65_HS1-834228961_62-HQ-83894_Section_6
Agency: FBI
Page 239
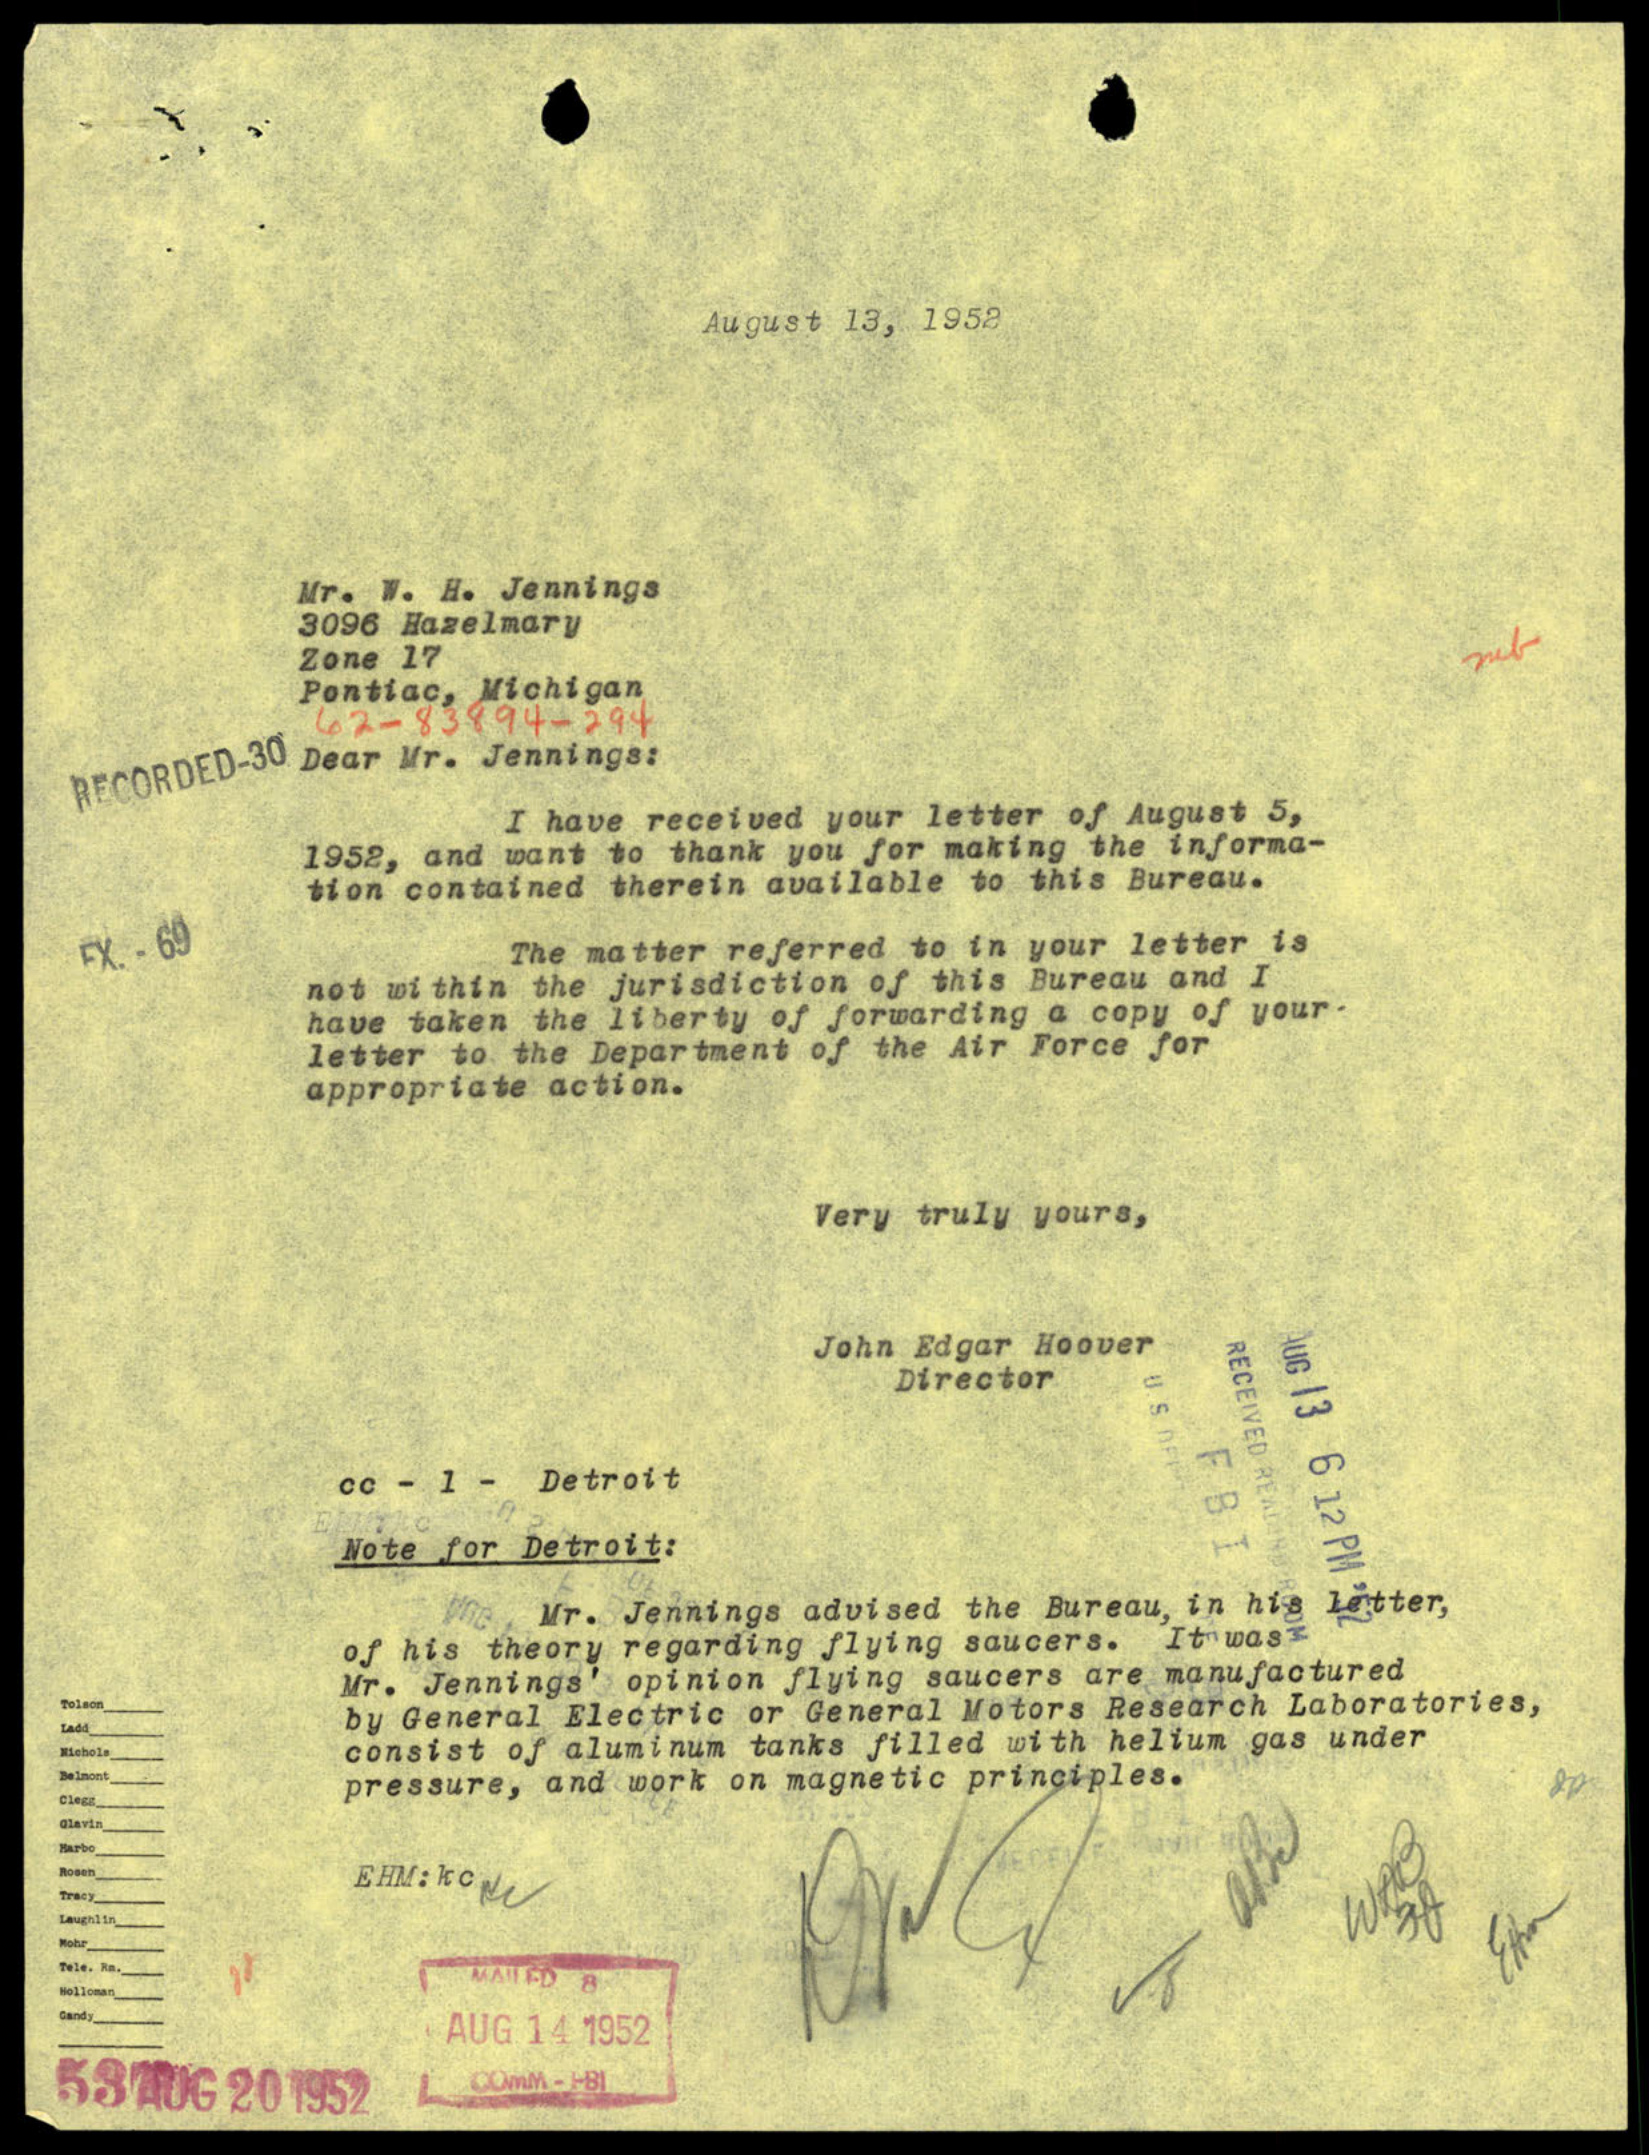